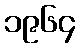
၁၉၆၄